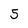
Character: 5